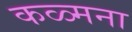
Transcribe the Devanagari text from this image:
कळ्मना